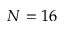
N = 1 6